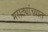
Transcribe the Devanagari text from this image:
मराठ्यांच्यात